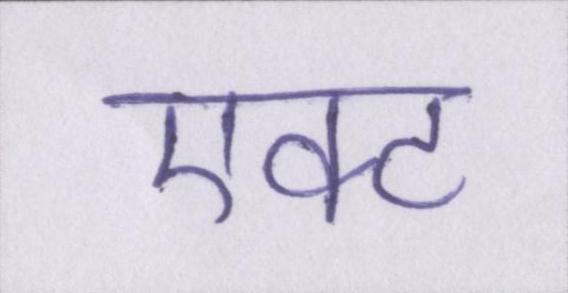
एक्ट